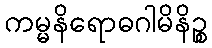
ကမ္မနိရောဓဂါမိနိဉ္စ